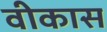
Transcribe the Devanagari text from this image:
वीकास